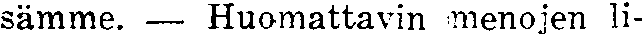
sämme. — Huomattavin menojen li-